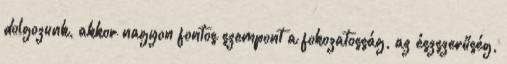
dolgozunk, akkor nagyon fontos szempont a fokozatosság, az észszerűség,